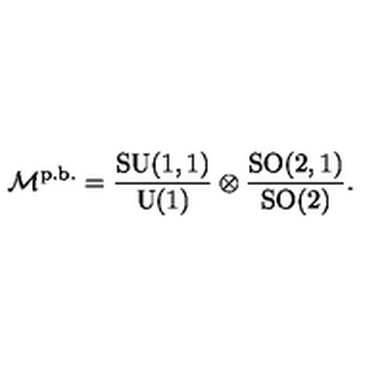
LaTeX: \mathcal { M } ^ { \mathrm { p . b . } } = \frac { \mathrm { S U } ( 1 , 1 ) } { \mathrm { U } ( 1 ) } \otimes \frac { \mathrm { S O } ( 2 , 1 ) } { \mathrm { S O } ( 2 ) } .